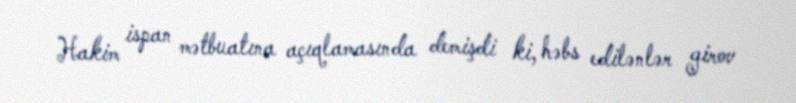
Hakim ispan mətbuatına açıqlamasında demişdi ki, həbs edilənlər girov